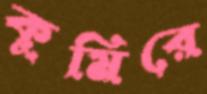
কুমিরে